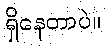
ရှိနေတာပဲ။